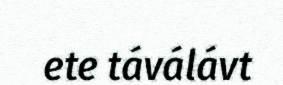
ete táválávt